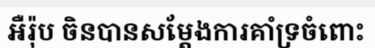
អឺរ៉ុប ចិនបានសម្តែងការគាំទ្រចំពោះ